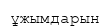
ұжымдарын